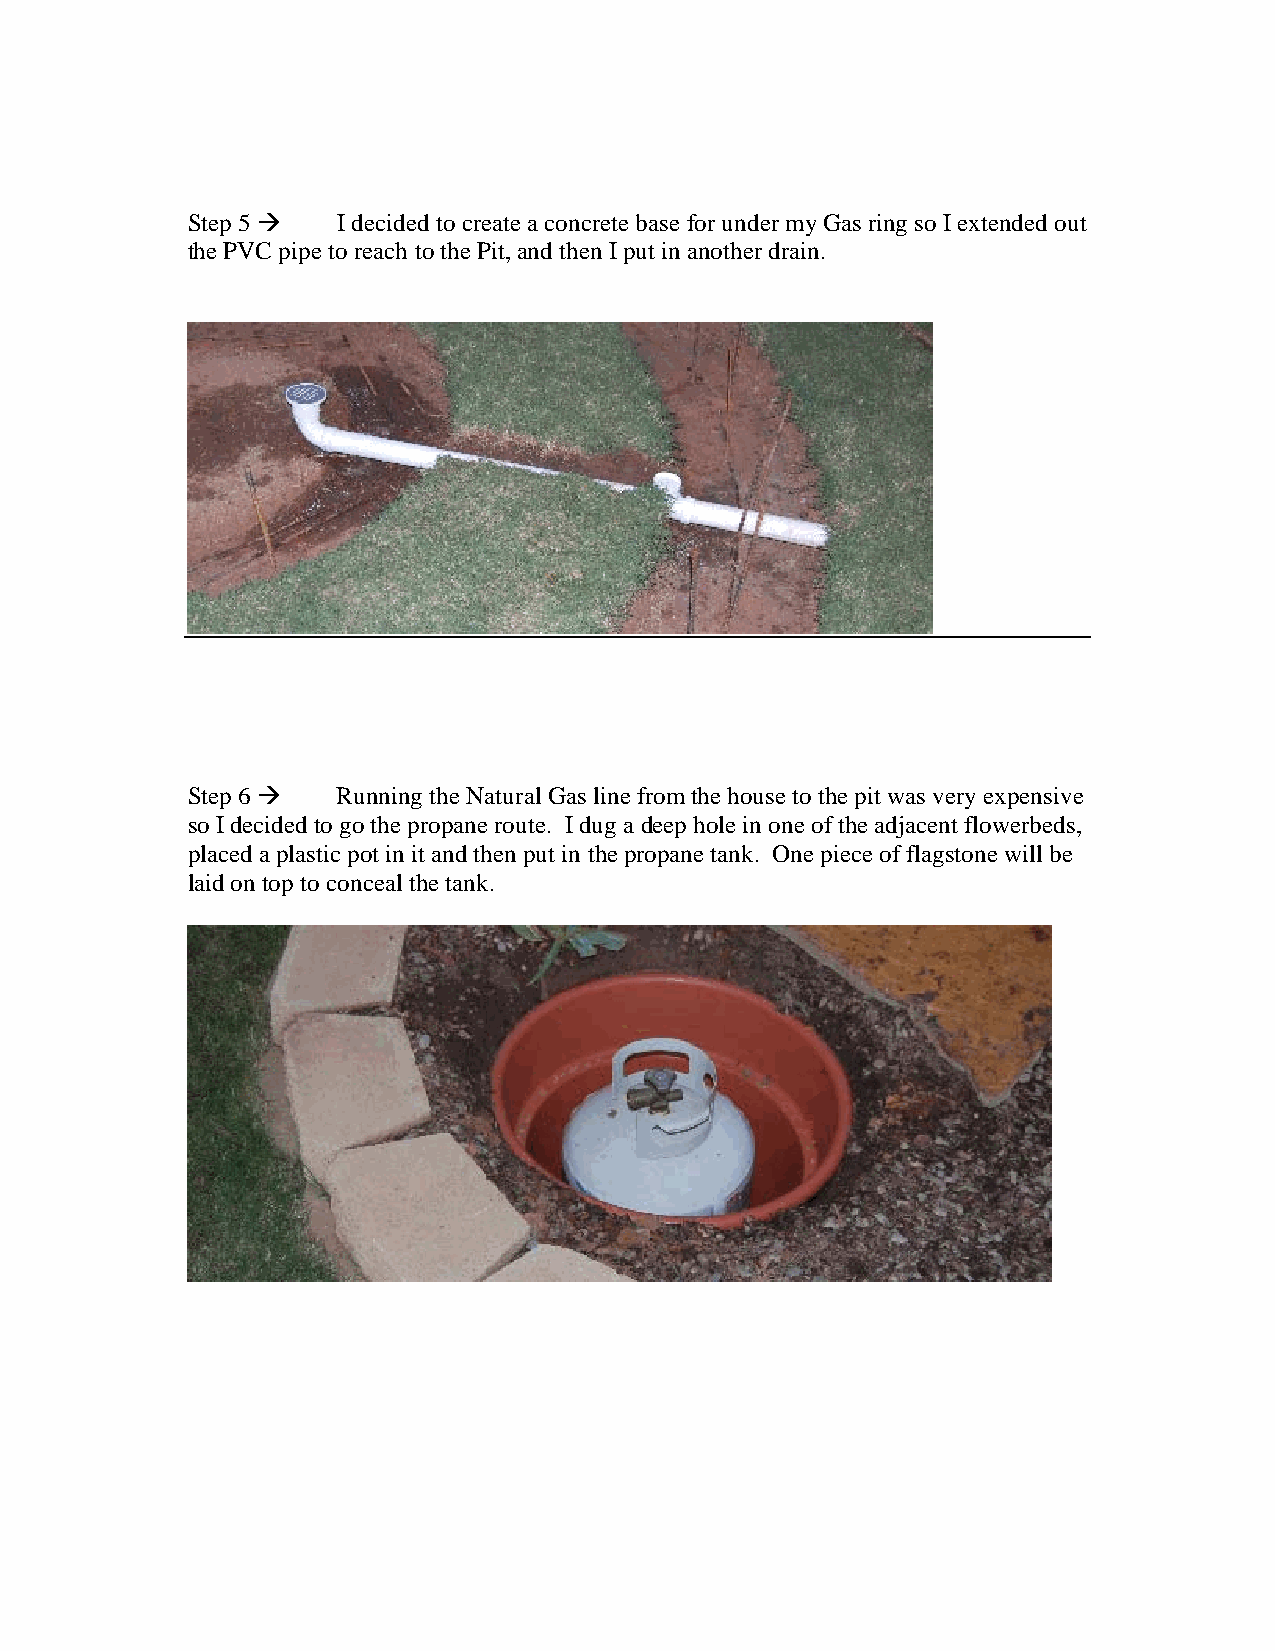
Step 5   I decided to create a concrete base for under my Gas ring so I extended out
 the PVC pipe to reach to the Pit, and then I put in another drain.
 Step 6   Running the Natural Gas line from the house to the pit was very expensive
 so I decided to go the propane route. I dug a deep hole in one of the adjacent flowerbeds,
 placed a plastic pot in it and then put in the propane tank. One piece of flagstone will be
 laid on top to conceal the tank.